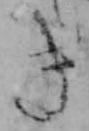
き